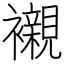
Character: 襯